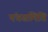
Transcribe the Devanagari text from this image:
पंचसमिति